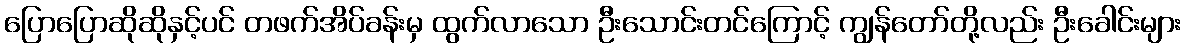
ပြောပြောဆိုဆိုနှင့်ပင် တဖက်အိပ်ခန်းမှ ထွက်လာသော ဦးသောင်းတင်ကြောင့် ကျွန်တော်တို့လည်း ဦးခေါင်းများ